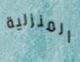
المنزلية